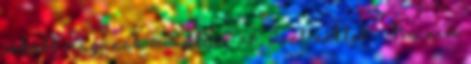
inkább magának mondta a nő, mint nektek.- Na nem